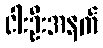
ငါးဦးအနက်